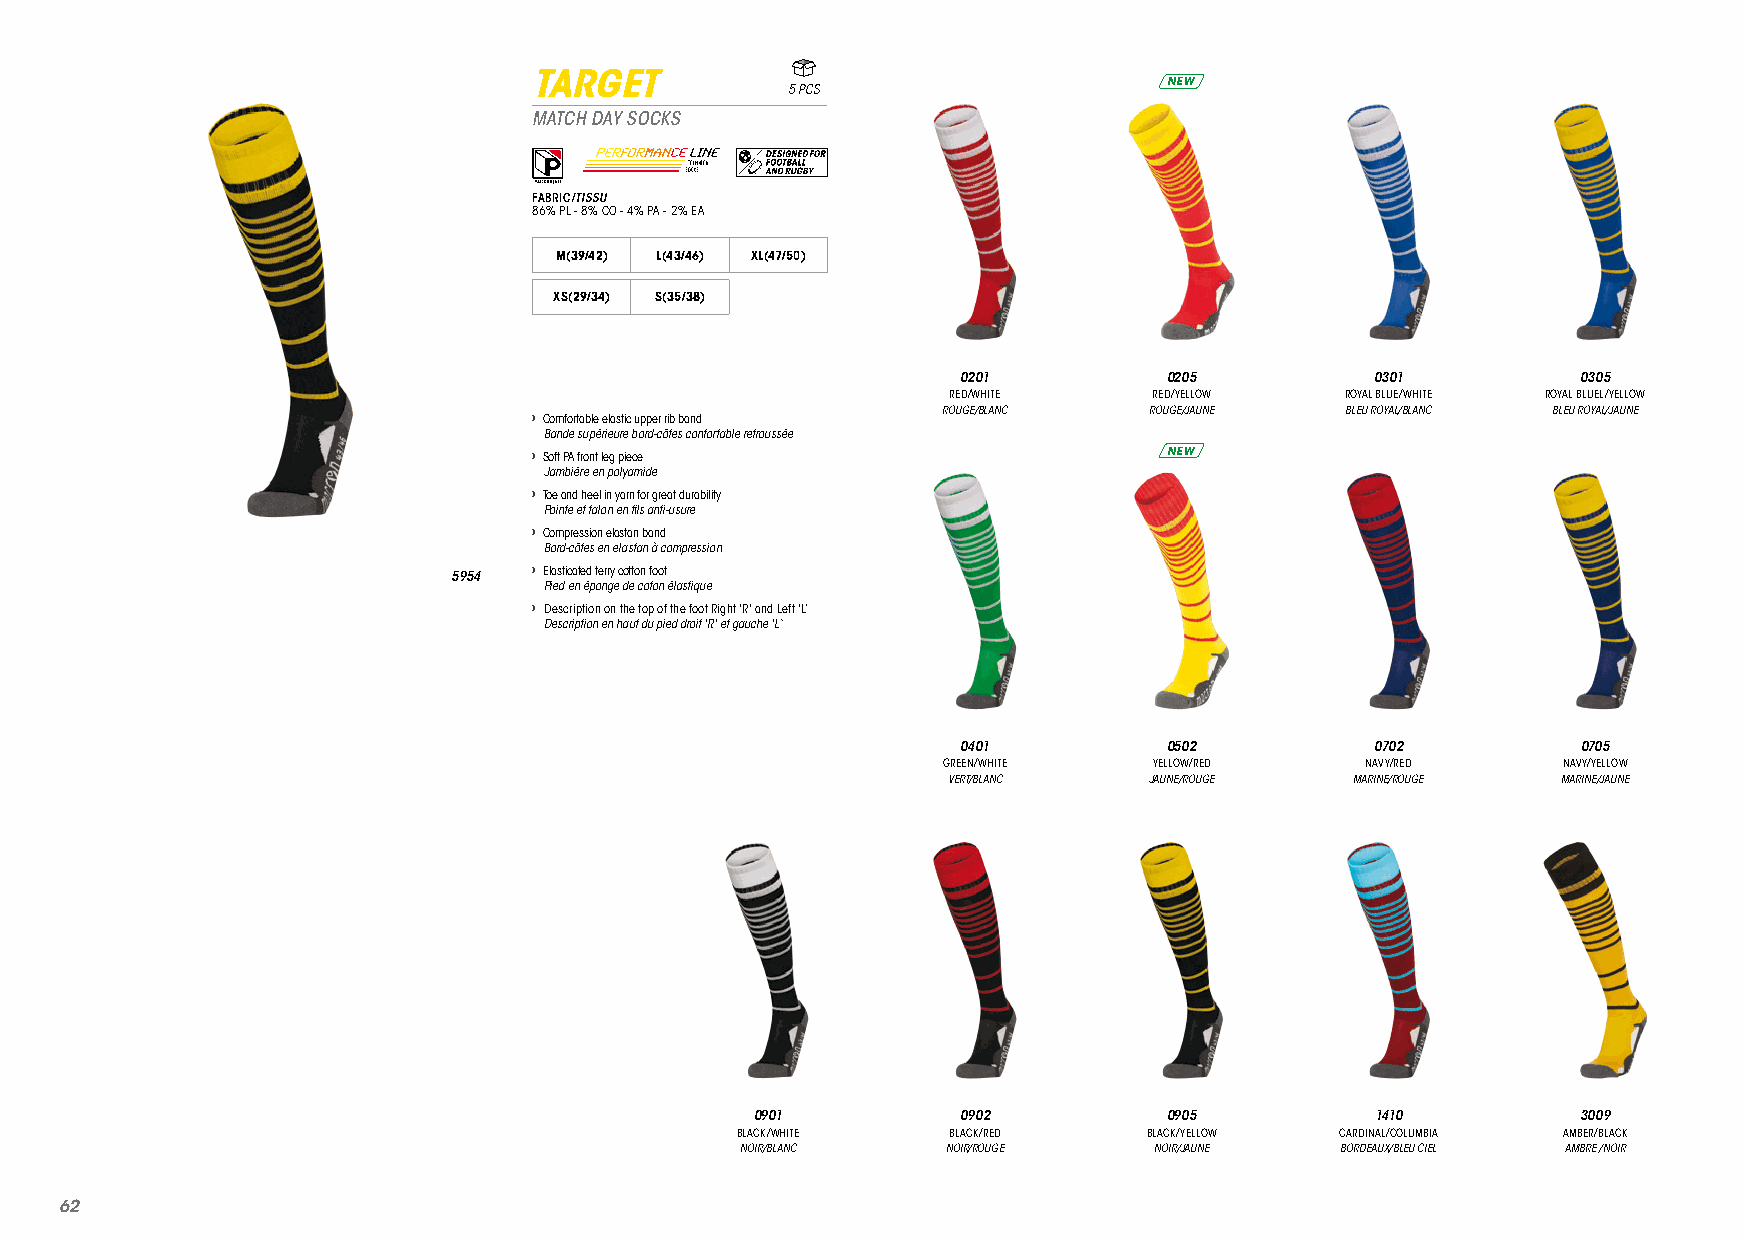
TARGET
 NEW
 5 PCS
 MATCH DAY SOCKS
 FABRIC/TISSU
 86% PL - 8% CO - 4% PA - 2% EA
 M(39/42) L(43/46) XL(47/50)
 XS(29/34) S(35/38)
 0201         0205          0301          0305
 RED/WHITE    RED/YELLOW   ROYAL BLUE/WHITE ROYAL BLUEL/YELLOW
 › Comfortable elastic upper rib band ROUGE/BLANC ROUGE/JAUNE BLEU ROYAL/BLANC BLEU ROYAL/JAUNE
 Bande supérieure bord-côtes confortable retroussée
 › Soft PA front leg piece                 NEW
 Jambiére en polyamide
 › Toe and heel in yarn for great durability
 Pointe et talon en fils anti-usure
 › Compression elastan band
 Bord-côtes en elastan à compression
 5954 › Elasticated terry cotton foot
 Pied en éponge de coton élastique
 › Description on the top of the foot Right 'R' and Left 'L‘
 Description en haut du pied droit 'R' et gauche 'L‘
 0401         0502          0702          0705
 GREEN/WHITE   YELLOW/RED    NAVY/RED     NAVY/YELLOW
 VERT/BLANC   JAUNE/ROUGE   MARINE/ROUGE MARINE/JAUNE
 0901          0902         0905          1410          3009
 BLACK/WHITE   BLACK/RED    BLACK/YELLOW CARDINAL/COLUMBIA AMBER/BLACK
 NOIR/BLANC    NOIR/ROUGE   NOIR/JAUNE   BORDEAUX/BLEU CIEL AMBRE /NOIR
 6622